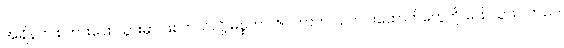
အချိန်က စကားပြောသွားမှာ ဖြစ်တယ်လို့ မစ္စတာ ဇပါတာက သတင်းထောက်တွေကို ပြောသွားပါတယ်။